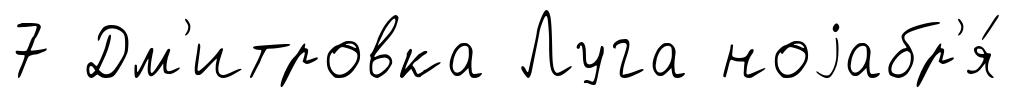
7 Дм'итровка Луга ноjабр'я́